Annual report on the Civil Veterinary Department, Burma (including the Insein Veterinary School) - 1932-1941
Year: 1932
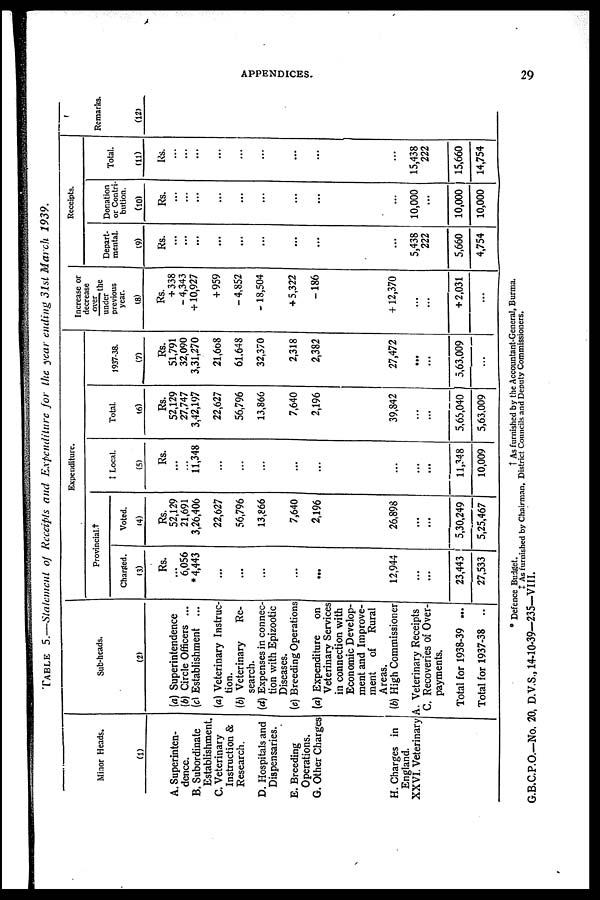
APPENDICES.
29
TABLE 5.—Statement of Receipts and Expenditure for the year ending 31st March 1939.
Minor Heads.
(1)
A. Superinten-
dence.
B. Subordinate
Establishment.
C. Veterinary
Instruction &
Research.
D. Hospitals and
Dispensaries.
E. Breeding
Operations.
G. Other Charges
H. Charges in
England.
XXVI. Veterinary
Sub-heads.
(2)
(a) Superintendence
(b) Circle Officers ...
(c) Establishment ...
(a) Veterinary Instruc-
tion.
(b) Veterinary
Re-
search.
(d) Expenses in connec-
tion with Epizootic
Diseases.
(e) Breeding Operations
(a) Expenditure
on
Veterinary Services
in connection with
Economic Develop-
ment and Improve-
ment
of
Rural
Areas.
(b) High Commissioner
A. Veterinary Receipts
C. Recoveries of Over-
payments.
Total for 1938-39 ...
Total for 1937-38 ..
Expenditure.
Provincial.†
Charged.
(3)
Rs.
6,056
* 4,443
...
...
...
...
...
12,944
...
...
23,443
27,533
Voted.
(4)
Rs.
52,129
21,691
3,26,406
22,627
56,796
13,866
7,640
2,196
26,898
...
...
5,30,249
5,25,467
‡ Local.
(5)
Rs.
...
...
11,348
...
...
...
...
...
...
...
...
11,348
10,009
Total.
(6)
Rs.
52,129
27,747
3,42,197
22,627
56,796
13,866
7,640
2,196
39,842
...
5,65,040
5,63,009
1937-38.
(7)
Rs.
51,791
32,090
3,31,270
21,608
61,648
32,370
2,318
2,382
27,472
...
...
5,63,009
...
Increase or
decrease
over
the
under
previous
year.
(8)
Rs.
+ 338
- 4,343
+10,927
+ 959
-4,852
-18,504
+ 5,322
-186
+12,370
...
...
+ 2,031
...
Receipts.
Depart-
mental.
(9)
Rs.
...
...
...
...
...
...
...
...
...
5,438
222
5,660
4,754
Donation
or Contri-
tuition.
(10)
Rs.
...
...
...
...
...
...
...
...
...
10,000
...
10,000
10,000
Total.
(11)
Rs.
...
...
...
...
...
...
...
...
...
15,438
222
15,660
14,754
Remarks.
(12)
* Defence Budget.
† As furnished by the Accountant-General, Burma.
‡ As furnished by Chairman, District Councils and Deputy Commissioners.
G.B.C.P.O.-No. 20, D.V.S., 14-10-39—235—VIII.